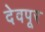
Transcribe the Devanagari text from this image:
देवपूर